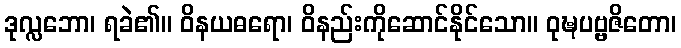
ဒုလ္လဘော၊ ရခဲ၏။ ဝိနယဓရော၊ ဝိနည်းကိုဆောင်နိုင်သော။ ဝုဍ္ဎပဗ္ဗဇိတော၊